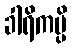
ခါရိကမ္ပိ